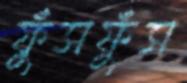
ফুঁসফুঁস